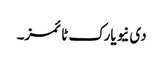
دی نیویارک ٹائمز۔